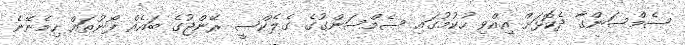
ސެމްސަންގާ ދެކޮޅަށް އިއްވި ހުކުމުގައި ސެމްސަންގުގެ ގެލެކްސީ ރޭންޖުގެ ބައެއް ފޯނުތައް ހިމެނޭނެ